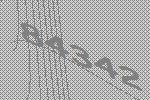
84342